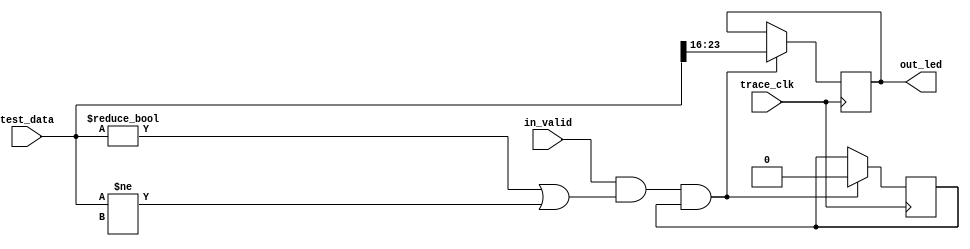
`timescale 1ns / 1ps
//////////////////////////////////////////////////////////////////////////////////
// Company: 
// Engineer: 
// 
// Design Name: 
// Module Name: L1_ID_led_dump
// Project Name: 
// Target Devices: 
// Tool Versions: 
// Description: 
// 
// Dependencies: 
// 
// Revision:
// Revision 0.01 - File Created
// Additional Comments:
// 
//////////////////////////////////////////////////////////////////////////////////


module L1_ID_led_dump(
        input trace_clk,
        input[239:0] test_data,
        input in_valid,
        output[7:0] out_led
    );
    reg flag = 1'b1;
    reg[7:0] led = 8'b0;
    always @ (posedge trace_clk) begin
        if(in_valid&&(test_data!=240'b0||test_data!=240'bX)&&flag) begin
            led <= test_data[23:16];
            flag <= 1'b0;
        end
    end
    assign out_led = led;
endmodule